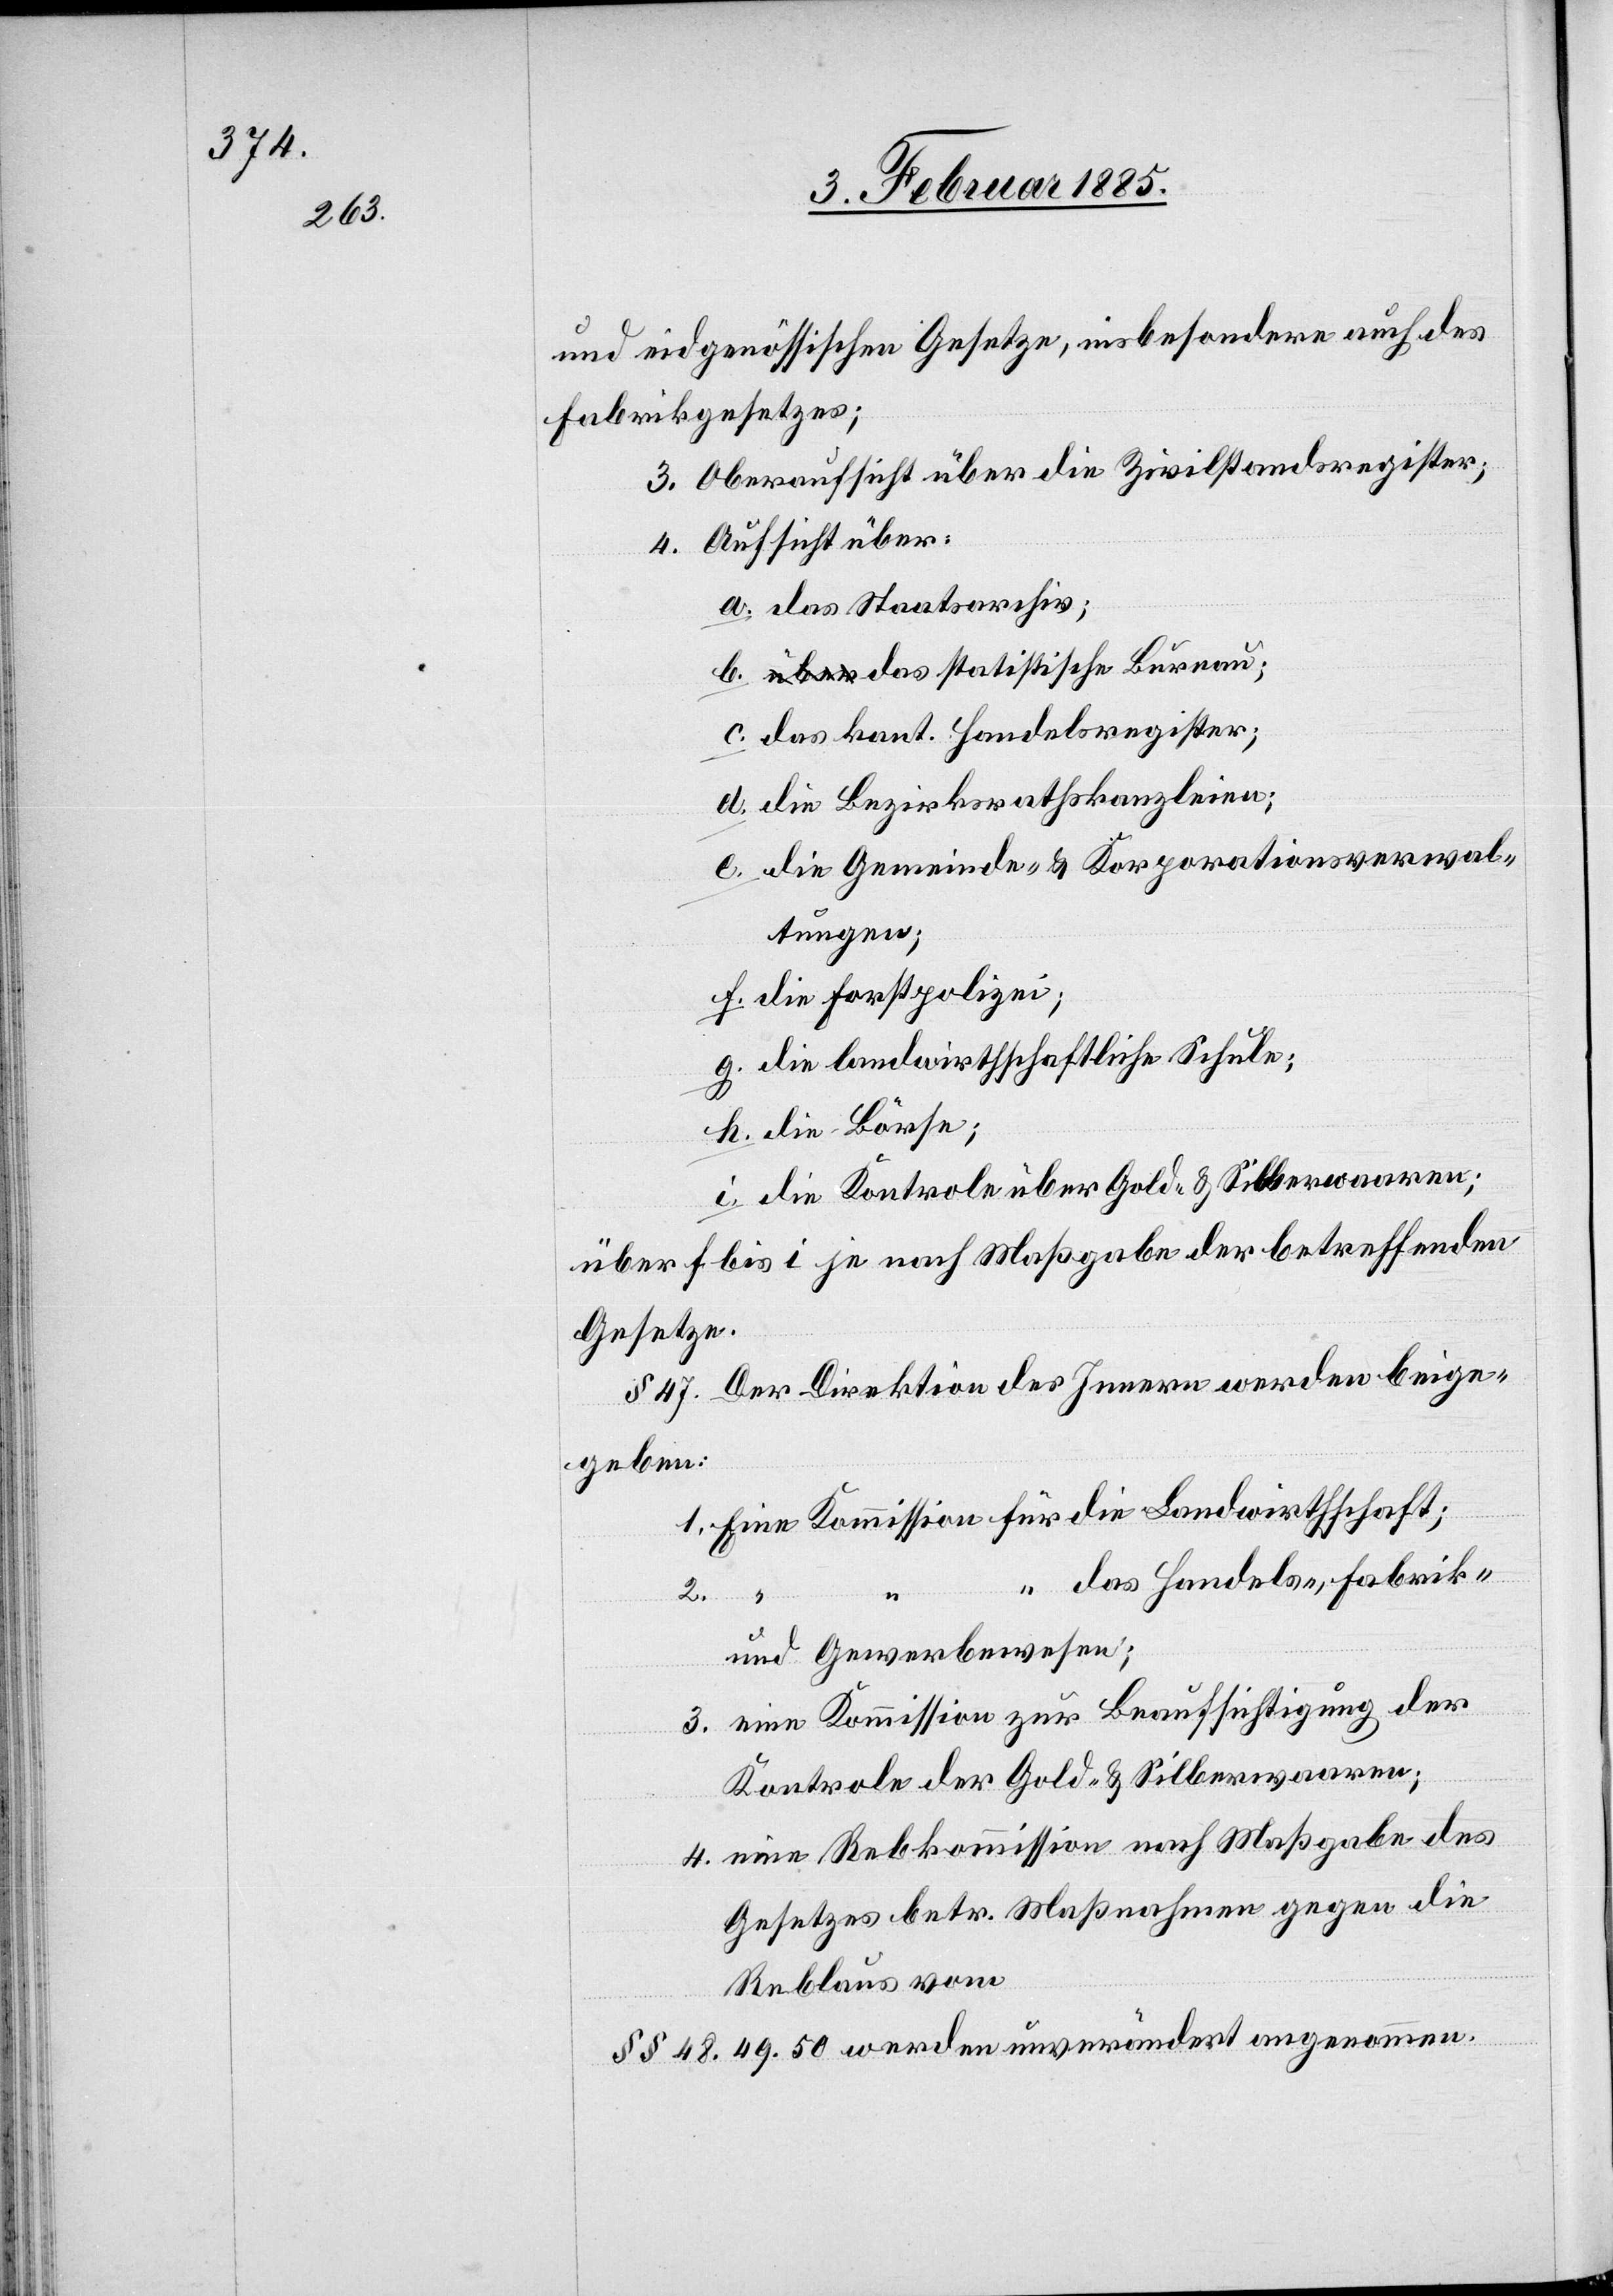
und eidgenössischen Gesetze, insbesondere auch des
Fabrikgesetzes;
3. Oberaufsicht über die Zivilstandsregister;
4. Aufsicht über:
a. das Staatsarchiv;
b. das statistische Bureau;
c. das kant. Handelsregister;
d. die Bezirksrathskanzleien;
e. die Gemeinde- & Korporationsverwal¬
tungen;
f. die Forstpolizei;
g. die landwirthschaftliche Schule;
h. die Börse;
i. die Kontrole über Gold- & Silberwaaren;
über f bis i je nach Maßgabe der betreffenden
Gesetze.
§ 47. Der Direktion des Innern werden beige¬
geben:
1. Eine Kommission für die Landwirthschaft;
“ das Handels-, Fabrik-
2.
“
und Gewerbewesen;
3. eine Kommission zur Beaufsichtigung der
Kontrole der Gold- & Silberwaaren;
4. eine Rebkommission nach Maßgabe des
Gesetzes betr. Maßnahme gegen die
Reblaus vom
§§ 48, 49, 50 werden unverändert angenommen.